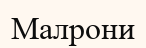
Малрони